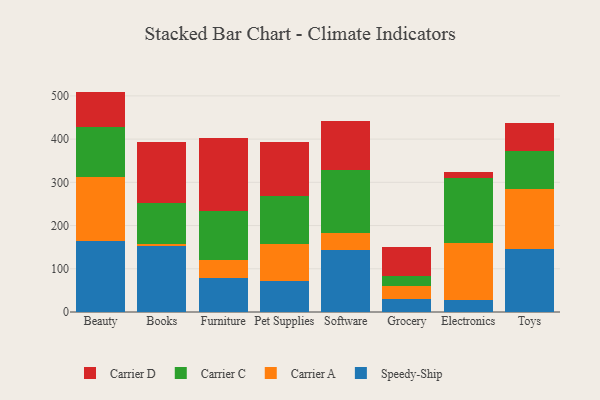
{"axis": {"x": "Category", "y": "Inventory Turnover"}, "legend": ["Carrier A", "Carrier C", "Carrier D", "Speedy-Ship"], "data": [{"x": "Beauty", "y": 163.7, "type": "Speedy-Ship"}, {"x": "Beauty", "y": 149.0, "type": "Carrier A"}, {"x": "Beauty", "y": 114.6, "type": "Carrier C"}, {"x": "Beauty", "y": 82.6, "type": "Carrier D"}, {"x": "Books", "y": 152.6, "type": "Speedy-Ship"}, {"x": "Books", "y": 5.4, "type": "Carrier A"}, {"x": "Books", "y": 94.1, "type": "Carrier C"}, {"x": "Books", "y": 141.8, "type": "Carrier D"}, {"x": "Furniture", "y": 78.9, "type": "Speedy-Ship"}, {"x": "Furniture", "y": 42.0, "type": "Carrier A"}, {"x": "Furniture", "y": 112.0, "type": "Carrier C"}, {"x": "Furniture", "y": 170.0, "type": "Carrier D"}, {"x": "Pet Supplies", "y": 70.8, "type": "Speedy-Ship"}, {"x": "Pet Supplies", "y": 86.4, "type": "Carrier A"}, {"x": "Pet Supplies", "y": 110.6, "type": "Carrier C"}, {"x": "Pet Supplies", "y": 126.2, "type": "Carrier D"}, {"x": "Software", "y": 144.6, "type": "Speedy-Ship"}, {"x": "Software", "y": 38.0, "type": "Carrier A"}, {"x": "Software", "y": 145.8, "type": "Carrier C"}, {"x": "Software", "y": 113.4, "type": "Carrier D"}, {"x": "Grocery", "y": 30.9, "type": "Speedy-Ship"}, {"x": "Grocery", "y": 28.9, "type": "Carrier A"}, {"x": "Grocery", "y": 22.6, "type": "Carrier C"}, {"x": "Grocery", "y": 66.9, "type": "Carrier D"}, {"x": "Electronics", "y": 27.4, "type": "Speedy-Ship"}, {"x": "Electronics", "y": 132.9, "type": "Carrier A"}, {"x": "Electronics", "y": 148.7, "type": "Carrier C"}, {"x": "Electronics", "y": 13.9, "type": "Carrier D"}, {"x": "Toys", "y": 146.4, "type": "Speedy-Ship"}, {"x": "Toys", "y": 137.8, "type": "Carrier A"}, {"x": "Toys", "y": 89.4, "type": "Carrier C"}, {"x": "Toys", "y": 63.8, "type": "Carrier D"}]}